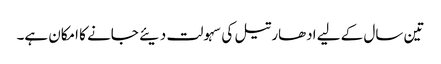
تین سال کے لیے ادھار تیل کی سہولت دیئے جانے کا امکان ہے۔